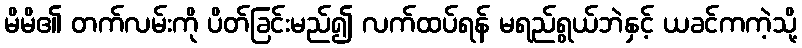
မိမိ၏ တက်လမ်းကို ပိတ်ခြင်းမည်၍ လက်ထပ်ရန် မရည်ရွယ်ဘဲနှင့် ယခင်ကကဲ့သို့